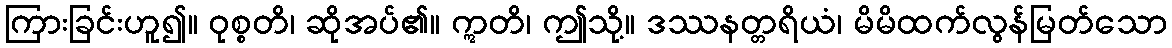
ကြားခြင်းဟူ၍။ ဝုစ္စတိ၊ ဆိုအပ်၏။ ဣတိ၊ ဤသို့။ ဒဿနတ္တရိယံ၊ မိမိထက်လွန်မြတ်သော